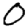
Digit: 0